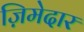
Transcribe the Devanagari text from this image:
ज़िमेदार